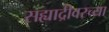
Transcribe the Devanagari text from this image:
सह्याद्रीवरच्या